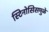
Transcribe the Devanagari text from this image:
स्टिनोसिसमुळे